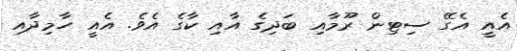
އެއީ އެގޭ ސިޓިން ރޫމާއި ބަދިގެ އާއި ކާގެ އެވެ. އެއީ ހާމިދާއި